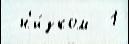
 н'и́зком  1